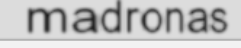
madronas